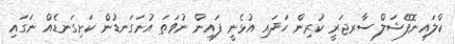
ކްލައިނޮފޭޝަލް ސާރޖަރީ ކުރިން ހަދައި އުޅެނީ ފައިން ނުވަތަ އުނަގަނޑުން ކަށިގަނޑެއް ނަގައި